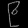
Digit: ၉